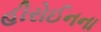
હીરોઈનના